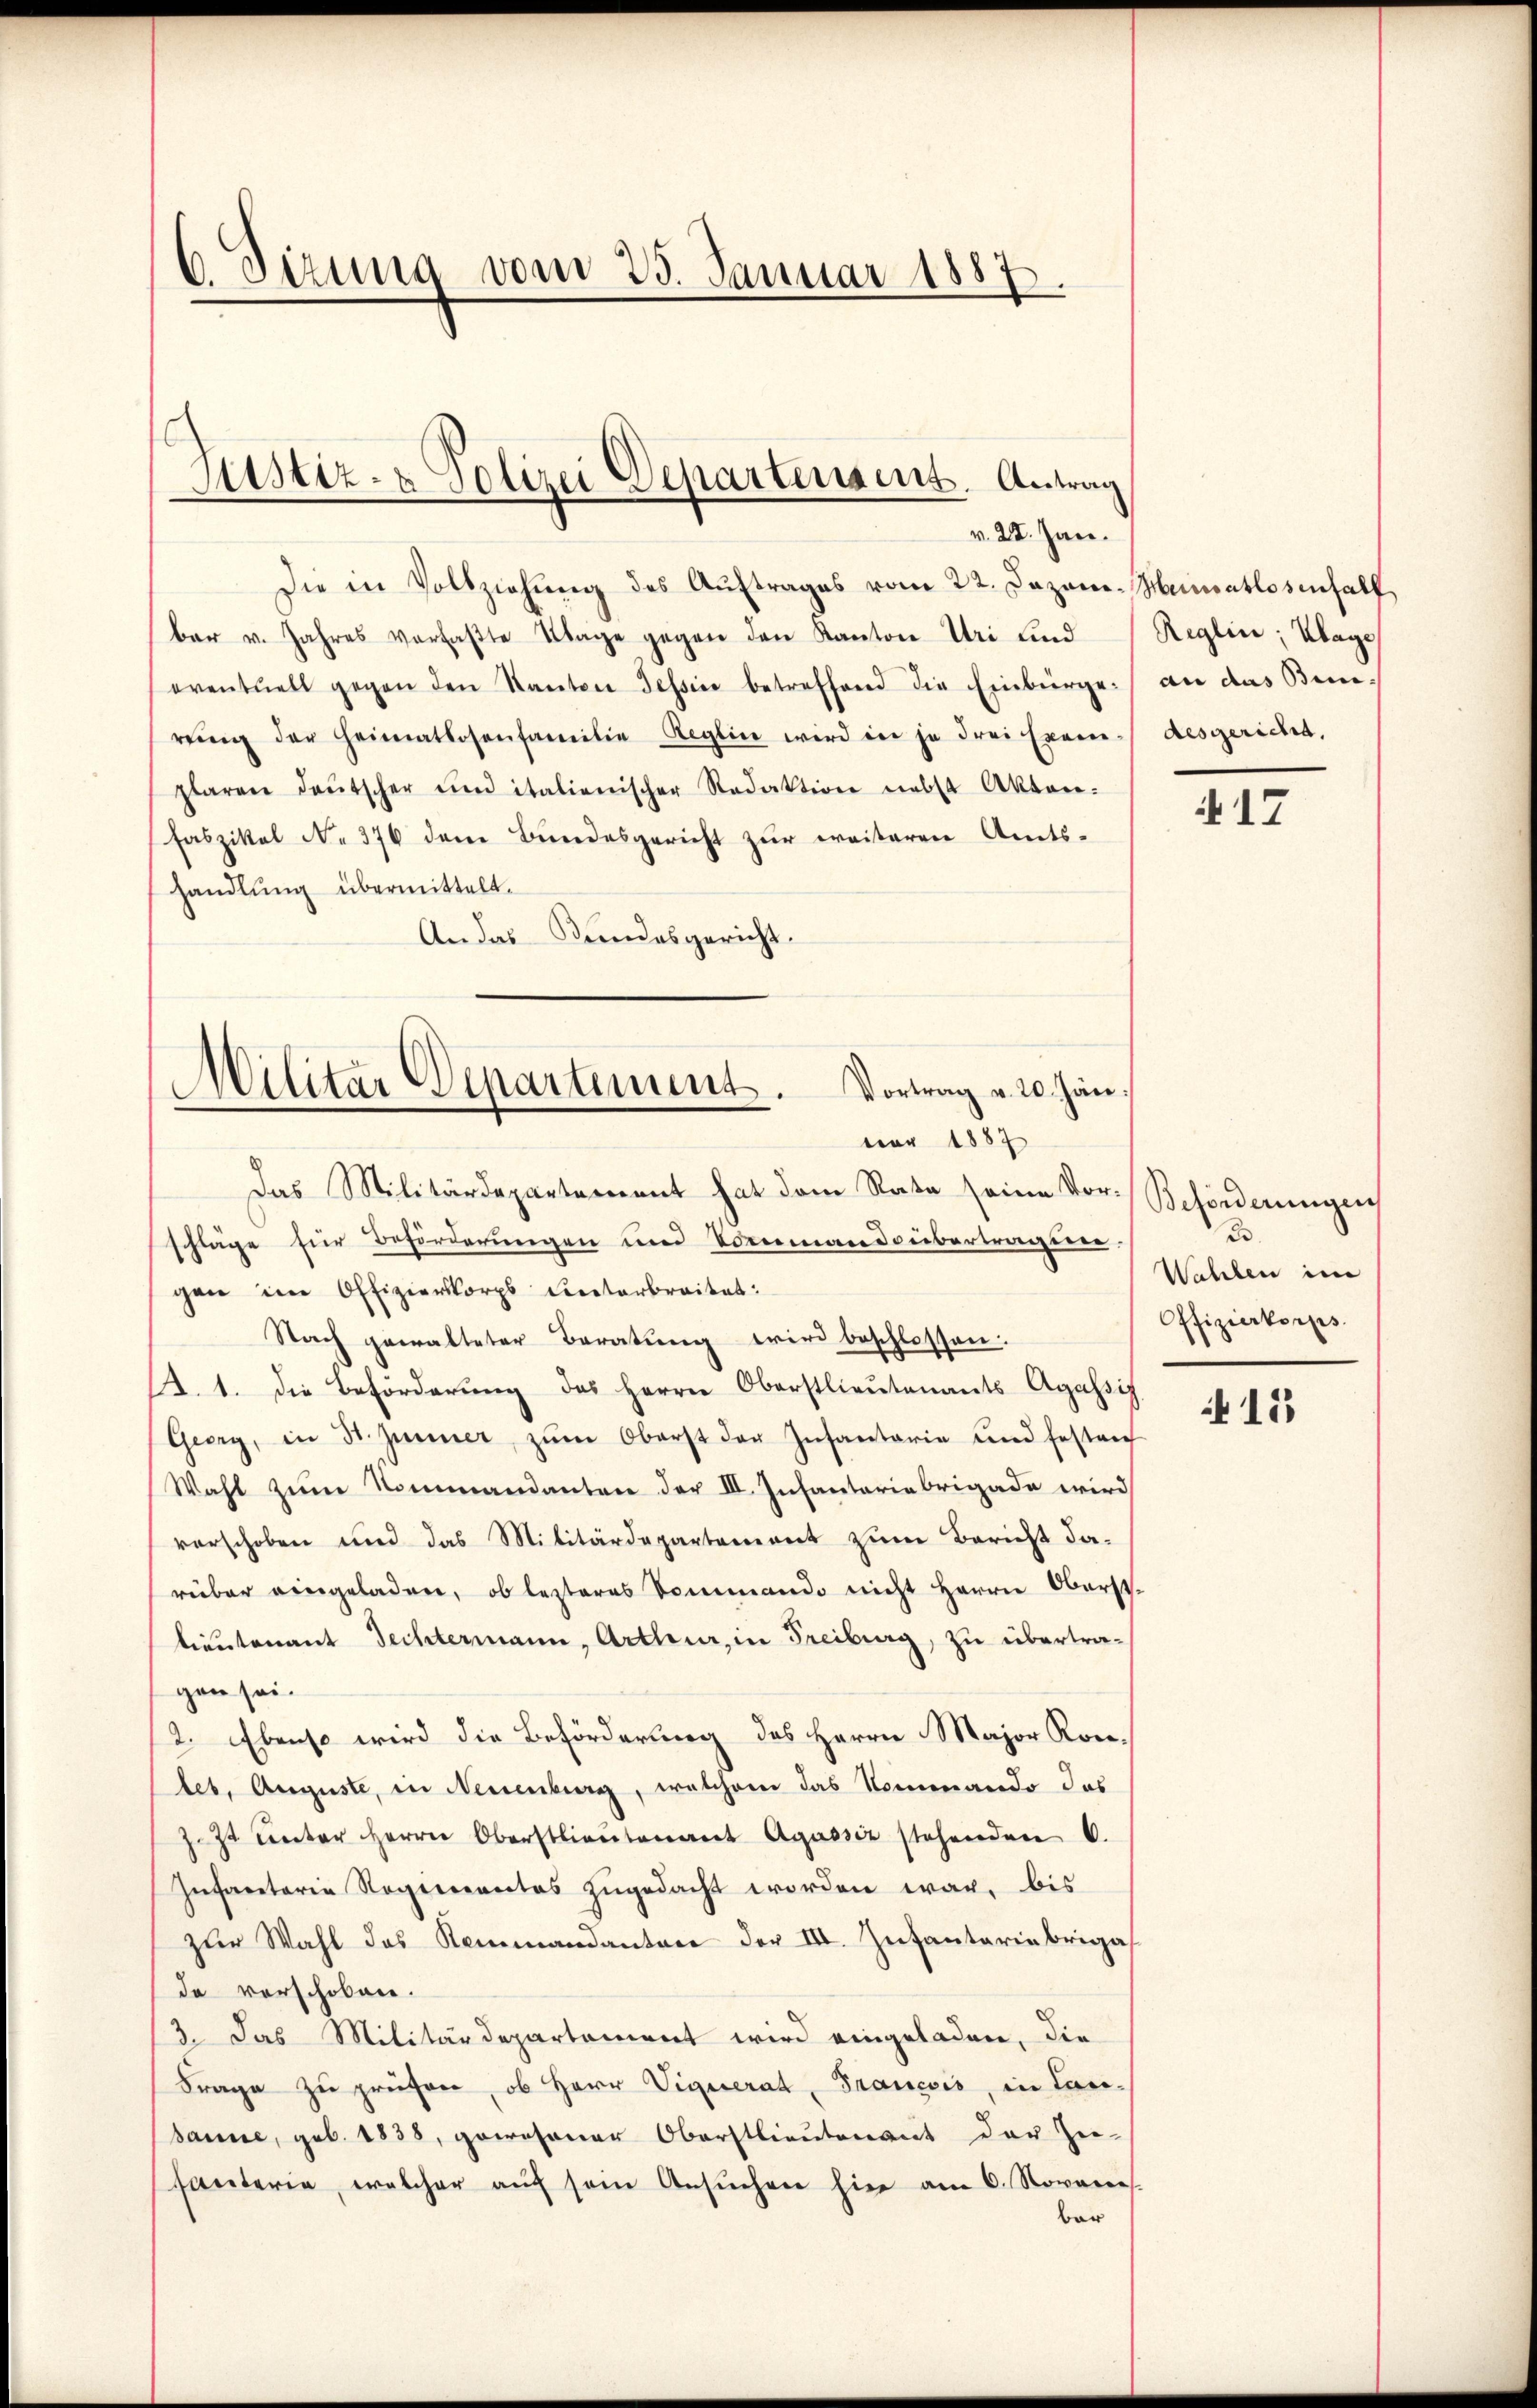
6 Dizung vom 25. Januar 1887.

Justiz- & Polizei Departensent. Antrag
v. 28. Jan.

Die in Vollziehung des Auftrages vom 22. Dazane-Meimatlosenfall,
bar v. Jahres vorfaβte Klage gegen den Kanton Uri und Reglin, Klage
eventuell gegen den Kanton Tessin betreffend die Einbürgerŭng der Heimatlosenfamilie Reglin wird die ja drei Exem-
plaren deŭtscher und italienischer Redaktion nebst Akten.
Faszikel No 376 dem Bundesgericht zur weiteren Amts-
handlung übermittelt.
An das Bundesgericht.
Das Militärdepartement hat dem Rata seine Vor-
schläge für Beförderungen und Vormand übertragiere.
gen im Offizierkorps Unterbreitet:
Nach gewalteter Beratung wird beschlossen.
2. 1. die Beförderŭng des Herrn Oberstlieutenants Agassig
Georg, in St. Jenner zŭm Oberst der Insantarie und festen
Wahl zum Nommandanten der III. Infanteriebrigade wird
verschoben und das Militärdepartement zum Bericht darüber eingeladen, ob lezteres Sommando nicht Herrn Oberst-
lieutenant Fechtermann, Arthur, in Freiburg, zu übertragen sei.
2. Ebenso wird die Beförderung des Herrn Major Kon-
les, Auguste, in Neuenburg, welchem das Nominando das
Z. 7t unter Herrn Oberstlieutenant Agassiz stehenden 6.
Infaretaria Regimentes zugedacht worden war, bis
zur Wahl das Kommandanten der III. Infantariebrigas
da verschoben.
3. Das Militärdepartement wird eingeladen, die
Frage zu prüfen, ob Herr Viquerat Francois, in Lanbanne, geb. 1838, gewesener Oberstlieutenant der Zu-
santerie, welcher aŭf sein Ansŭchen hier am 6. Novarens.
bar

Militar Departement. Vortrag a. 20. Jän
vor 1887

an das Bindesgericht.

4 17

Beförderungen
B.
Wahlen in
Offizierkorps.

15